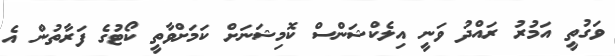
ވަގުތީ އަމުރު ރައްދު ވަނީ އިލެކްޝަންސް ކޮމިޝަނަށް ކަމަށްވާތީ ކޯޓުގެ ފަރާތުން އެ